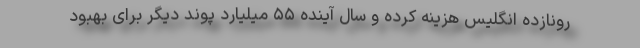
رونازده انگلیس هزینه کرده و سال آینده ۵۵ میلیارد پوند دیگر برای بهبود